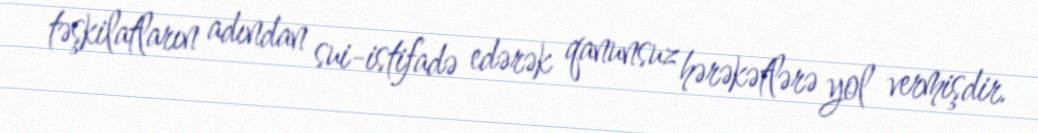
təşkilatların adından sui-istifadə edərək qanunsuz hərəkətlərə yol vermişdir.